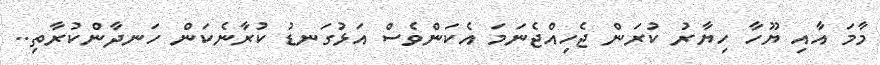
މާމަ އާއި ޔޫހާ ހިޔާރު ކުރަން ޖެހިއްޖެނަމަ އެކަންވެސް އަޅުގަނޑު ކުރާނެކަން ހަނދާންކުރާތި..